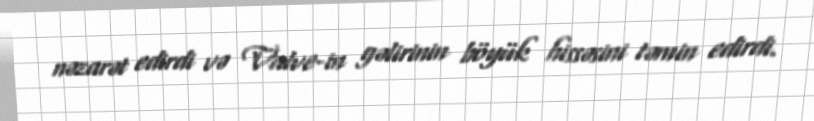
nəzarət edirdi və Valve-in gəlirinin böyük hissəsini təmin edirdi.